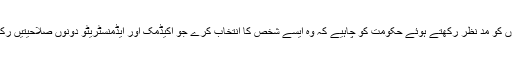
ان باتوں کو مد نظر رکھتے ہوئے حکومت کو چاہیے کہ وہ ایسے شخص کا انتخاب کرے جو اکیڈمک اور ایڈمنسٹریٹو دونوں صلاحیتیں رکھتا ہو۔